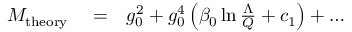
\begin{array} { r l r } { { \cal M } _ { \mathrm { t h e o r y } } } & { { } = } & { g _ { 0 } ^ { 2 } + g _ { 0 } ^ { 4 } \left( \beta _ { 0 } \ln { \frac { \Lambda } { Q } } + c _ { 1 } \right) + \dots } \end{array}